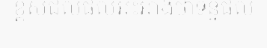
ខ្ពស់ជលផលអះអាងថាទិន្នផល